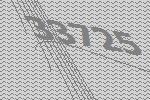
33725